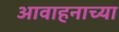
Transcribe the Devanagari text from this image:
आवाहनाच्या